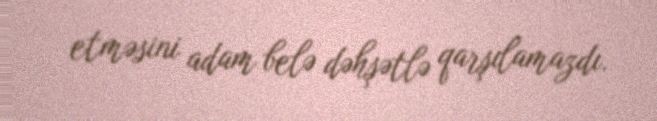
etməsini adam belə dəhşətlə qarşılamazdı.